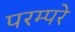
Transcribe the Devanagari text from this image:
परम्परे